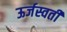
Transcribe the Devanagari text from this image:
ऊर्जस्वती